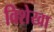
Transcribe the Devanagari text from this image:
विशेखा